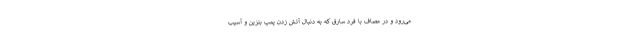
می‌رود و در مصاف با فرد سارق که به دنبال آتش زدن پمپ بنزین و آسیب